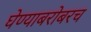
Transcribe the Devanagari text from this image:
घेण्याबरोबरच